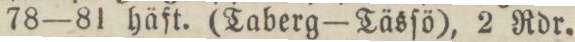
78 — 81 häft. (Taberg — Täsſö), 2 Rdr.